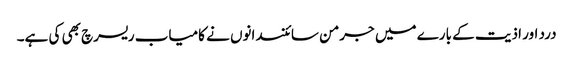
درد اور اذیت کے بارے میں جرمن سائنسدانوں نے کامیاب ریسرچ بھی کی ہے۔